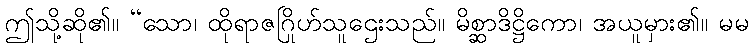
ဤသို့ဆို၏။ “သော၊ ထိုရာဇဂြိုဟ်သူဌေးသည်။ မိစ္ဆာဒိဋ္ဌိကော၊ အယူမှား၏။ မမ